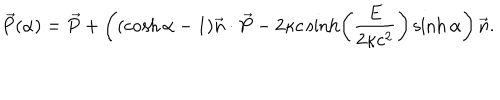
LaTeX: \vec { P } ( \alpha ) = \vec { P } + \left( ( \cosh \alpha - 1 ) \vec { n } \cdot \vec { P } - 2 \kappa c \sinh \left( \frac { E } { 2 \kappa c ^ { 2 } } \right) \sinh \alpha \right) \vec { n } .